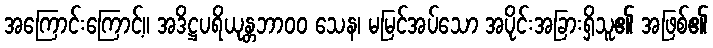
အကြောင်းကြောင့်။ အဒိဋ္ဌပရိယုန္တဘာ၀၀ သေန၊ မမြင်အပ်သော အပိုင်းအခြားရှိသူ၏ အဖြစ်၏